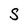
Character: S